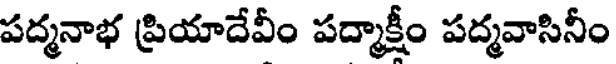
పద్మనాభ ప్రియాదేవీం పద్మాక్షీం పద్మవాసినీం